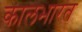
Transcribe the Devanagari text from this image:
कालभारत